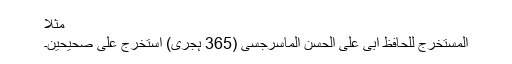
مثلاً
المستخرج للحافظ ابی علی الحسن الماسرجسی (365 ہجری) استخرج علی صحیحین۔